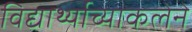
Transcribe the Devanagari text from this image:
विद्यार्थ्याच्याकलेने